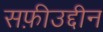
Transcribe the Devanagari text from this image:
सफ़ीउद्दीन